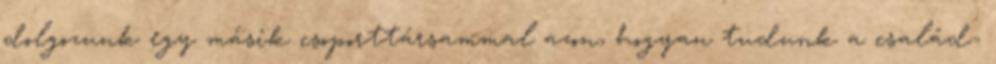
dolgozunk egy másik csoporttársammal azon, hogyan tudunk a család-